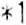
*1